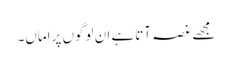
مجھے غصہ آتا ہے ان لوگوں پر اماں۔